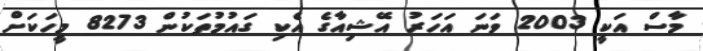
މާސް އަކީ 2003 ވަނަ އަހަރު އޭޝިއާގެ އެކި ގައުމުތަކުން 8273 މީހަކަށް